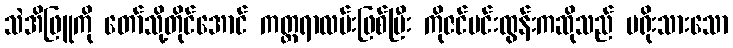
သဲအိဖြူကို တော်သို့တိုင်အောင် ကတ္တရာလမ်းဖြစ်ပြီး ကိုဇင်မင်းထွန်းကဆိုသည် မရိုးသားသော